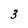
Character: 3